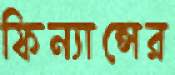
ফিন্যান্সের